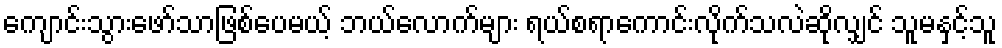
ကျောင်းသွားဖော်သာဖြစ်ပေမယ့် ဘယ်လောက်များ ရယ်စရာကောင်းလိုက်သလဲဆိုလျှင် သူမနှင့်သူ